Vaccination in Bombay 1913-1923 - 1913-1923
Year: 1913
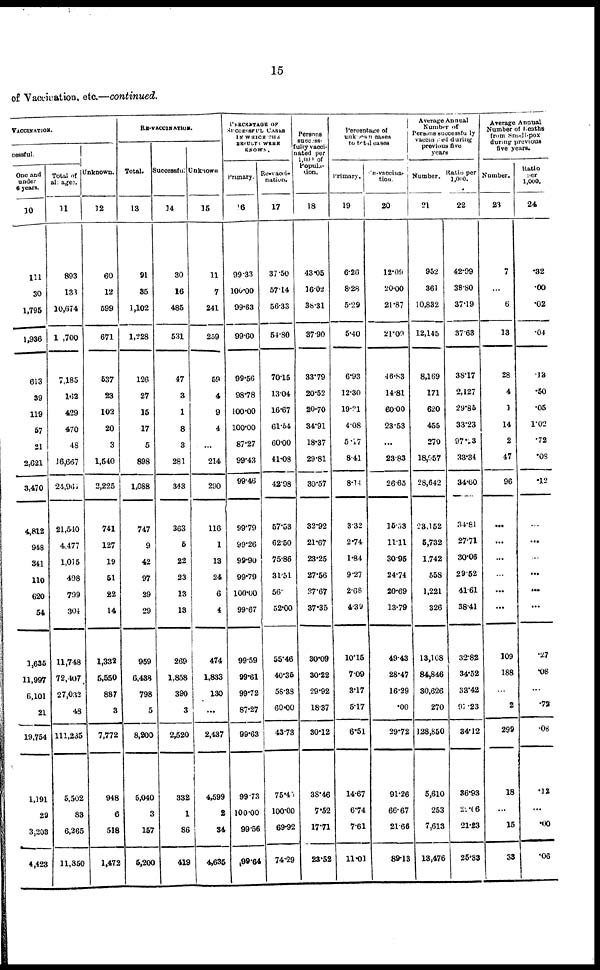
15
of Vaccination, etc.—continued.
VACCINATION.
cessful.
One and
under
6 years.
10
111
30
1,795
1,936
613
39
119
57
21
2,621
3,470
4,812
948
341
110
620
54
1,635
11,997
6,101
21
19,754
1,191
29
3,203
4,423
Total of
11
893
133
10,674
1 ,700
7,185
162
429
470
48
16,667
24,961
21,540
4,477
1,015
498
799
304
11,748
72,407
27,032
48
111,235
5,502
83
6,265
11,850
Unknown.
12
60
12
599
671
637
23
102
20
3
1,540
2,225
741
127
19
51
22
14
1,332
5,550
887
3
7,772
948
6
518
1,472
RE-VACCINATION.
Total.
13
91
35
1,102
1,228
126
27
15
17
5
898
1,088
747
9
42
97
29
29
959
6,438
798
5
8,200
5,040
3
167
5,200
Successful.
14
30
16
485
531
47
3
1
8
3
281
343
363
5
22
23
13
13
269
1,858
390
3
2,520
332
1
86
419
Unknown
15
11
7
241
259
59
4
9
4
...
214
290
116
1
13
24
6
4
474
1,833
130
...
2,437
4,599
2
34
4,635
PERCENTAGE OF
SUCCESSFUL CASES
IN WHICH THE
RESULTS WERE
KNOWN.
Primary.
16
99.33
100.00
99.63
99.60
99.56
98.78
100.00
100.00
87.27
99.43
99.46
99.79
99.26
99.90
99.79
100.00
99.67
99.59
99.61
99.72
87.27
99.63
99.73
100.00
99.56
99.64
Re-vacci¬
nation.
17
37.50
57.14
56.33
54.80
7015
13.04
16.67
61.54
60.00
41.08
42.98
57.53
62.60
75.86
31.51
56.
52.00
55.46
40.35
58.33
60.00
43.73
75.45
100.00
69.92
74.29
Persons
success¬
fully vacci-
nated per
1,000 of
Popula-
tion.
18
43.05
16.02
38.31
37.90
33.79
20.52
20.70
34.91
18.37
29.81
30.57
32.92
21.67
23.25
27.56
27.67
37.35
30.09
30.22
29.92
18.37
30.12
38.46
7.52
17.71
23.52
Percentage of
unknown cases
to total cases
Primary.
19
6.26
8.28
5.29
5.40
6.93
12.30
19.21
4.08
5.17
8.41
8.14
3.32
2.74
1.84
9.27
2.68
4.39
10.15
7.09
3.17
5.17
6.51
14.67
6.74
7.61
11.01
Re-vaccina¬
tion.
20
12.09
20.00
21.87
21.09
46.83
14.81
60.00
23.53
...
23.83
2665
15.53
11.11
30.95
24.74
20.69
13.79
49.43
28.47
16.29
.00
29.72
91.26
66.67
21.66
89.13
Average Annual
Number of
Persons successfully
voccinated during
previous five
years
Number.
21
952
361
10,832
12,145
8,169
171
620
455
270
18,957
28,642
23,152
5,732
1,742
558
1,221
326
13,108
84,846
30,626
270
128,850
5,610
253
7,613
13,476
Ratio per
1,000.
22
42.99
38.80
37.19
37.63
38.17
2,127
29.86
33.23
97.23
33.34
34.60
34.81
27.71
30.06
29.52
41.61
38.41
32.82
34.52
33.42
97.23
34.12
36.93
22 .66
21.23
25.83
Average Annual
Number of deaths
from Small-pox
during previous
five years.
Number.
23
7
...
6
13
28
4
1
14
2
47
96
...
...
...
...
...
...
109
188
...
2
299
18
...
15
33
Ratio
per
1,000.
24
.32
.00
.02
.04
.13
.50
.05
1.02
.72
.08
.12
...
...
...
...
...
...
.27
.08
...
.72
.08
.12
...
.00
.06